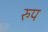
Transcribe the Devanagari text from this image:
रुप